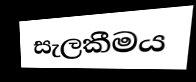
සැලකීමය